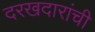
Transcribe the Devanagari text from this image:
दरखदारांची